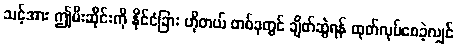
သင့်အား ဤမီးဆိုင်းကို နိုင်ငံခြား ဟိုတယ် တစ်ခုတွင် ချိတ်ဆွဲရန် ထုတ်လုပ်စေခဲ့လျှင်